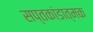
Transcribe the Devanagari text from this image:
सप्तकांडात्मक